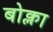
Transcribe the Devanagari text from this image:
बोक्ला